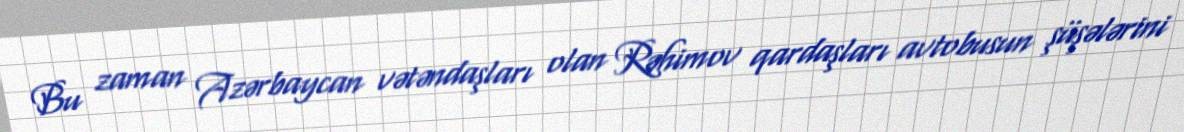
Bu zaman Azərbaycan vətəndaşları olan Rəhimov qardaşları avtobusun şüşələrini